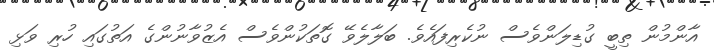
އާންމުން ތިބީ ގުޑިލަންވެސް ނުކެރިފައެވެ. ބަލާލެވޭ ގޮތަކުންވެސް އެޒުވާނުންގެ އަތުގައި ހުރި ވަޅި